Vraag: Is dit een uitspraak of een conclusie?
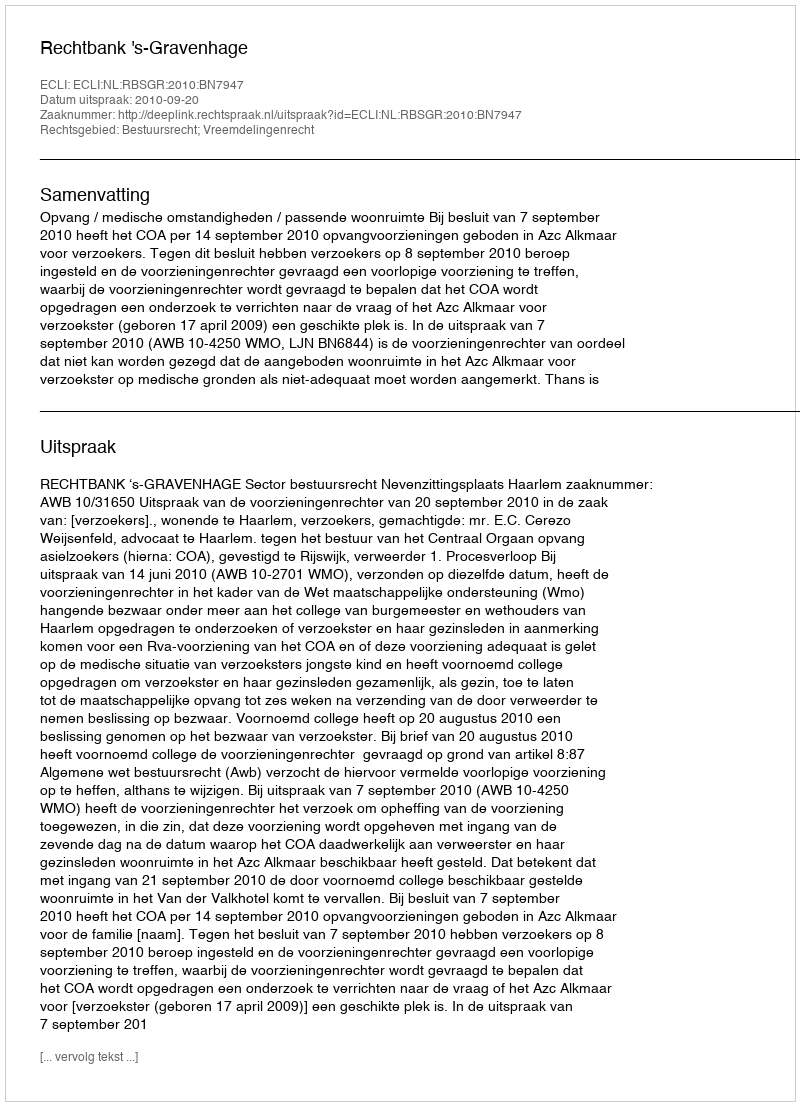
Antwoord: Uitspraak